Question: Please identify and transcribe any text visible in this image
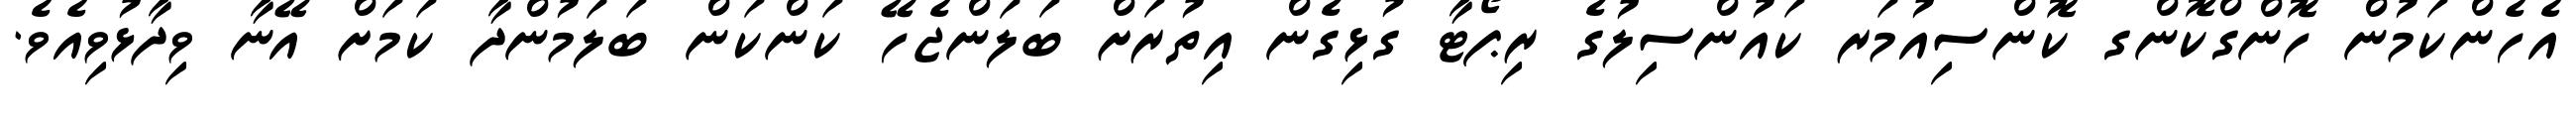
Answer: އެހެންކަމުން ހޮންގްކޮންގ ކޮންސިއުމަރ ކައުންސިލުގެ ރިޕޯޓާ ގުޅިގެން އިތުރަށް ބަލަންޖެހޭ ކަންކަން ބަލަމުންދާ ކަމަށް އޭނާ ވިދާޅުވިއެވެ.